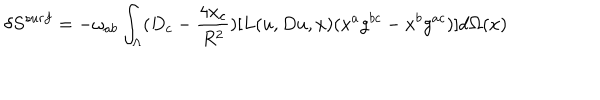
\delta S ^ { s u r f } = - \omega _ { a b } \int _ { \Lambda } ( D _ { c } - \frac { 4 x _ { c } } { R ^ { 2 } } ) [ L ( u , D u , x ) ( x ^ { a } g ^ { b c } - x ^ { b } g ^ { a c } ) ] d \Omega ( x )